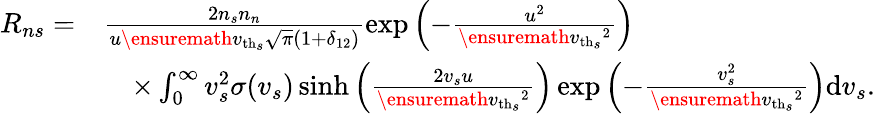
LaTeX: \begin{array}{rl}{R_{ns}=}&{\frac{2n_{s}n_{n}}{u\ensuremath{v_{\mathrm{th}_{s}}}\sqrt{\pi}(1+\delta_{12})}\exp\left(-\frac{u^{2}}{\ensuremath{v_{\mathrm{th}_{s}}}^{2}}\right)}\\ &{\quad\times\int_{0}^{\infty}v_{s}^{2}\sigma(v_{s})\sinh\left(\frac{2v_{s}u}{\ensuremath{v_{\mathrm{th}_{s}}}^{2}}\right)\exp\left(-\frac{v_{s}^{2}}{\ensuremath{v_{\mathrm{th}_{s}}}^{2}}\right)\mathrm{d}v_{s}.}\end{array}